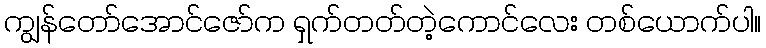
ကျွန်တော်အောင်ဇော်က ရှက်တတ်တဲ့ကောင်လေး တစ်ယောက်ပါ။